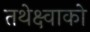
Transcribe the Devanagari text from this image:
तथेक्ष्वाको